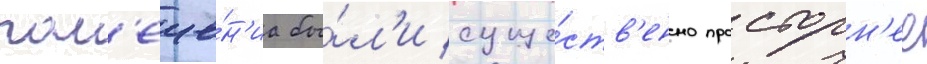
пом'еще́н'иа бы́л'и суще́ств'енно просторн'ее